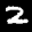
Label: 2